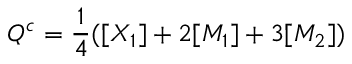
Q ^ { c } = \frac { 1 } { 4 } ( [ X _ { 1 } ] + 2 [ M _ { 1 } ] + 3 [ M _ { 2 } ] )